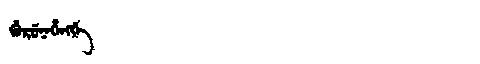
Manchu: ᡤᡠᡵᡠᠨᡝᡥᡝᠩᡤᡝ
Romanization: GURUNEHENGGE